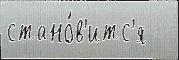
стано́в'итс'я